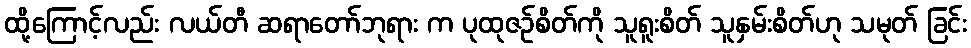
ထို့ကြောင့်လည်း လယ်တီ ဆရာတော်ဘုရား က ပုထုဇဉ်စိတ်ကို သူရူးစိတ် သူနှမ်းစိတ်ဟု သမုတ် ခြင်း